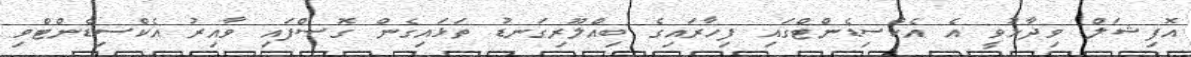
އޮފިޝަލް ވިދާޅުވީ އެ އެކްސިޑެންޓްގައި ފިހާރައިގެ ބިއްލޫރިގަނޑު ތަޅައިގެން ގޮސްފައި ވާއިރު އެކްސިޑެންޓްވި